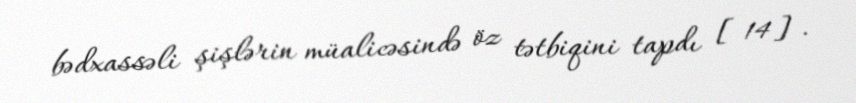
bədxassəli şişlərin müalicəsində öz tətbiqini tapdı [14].